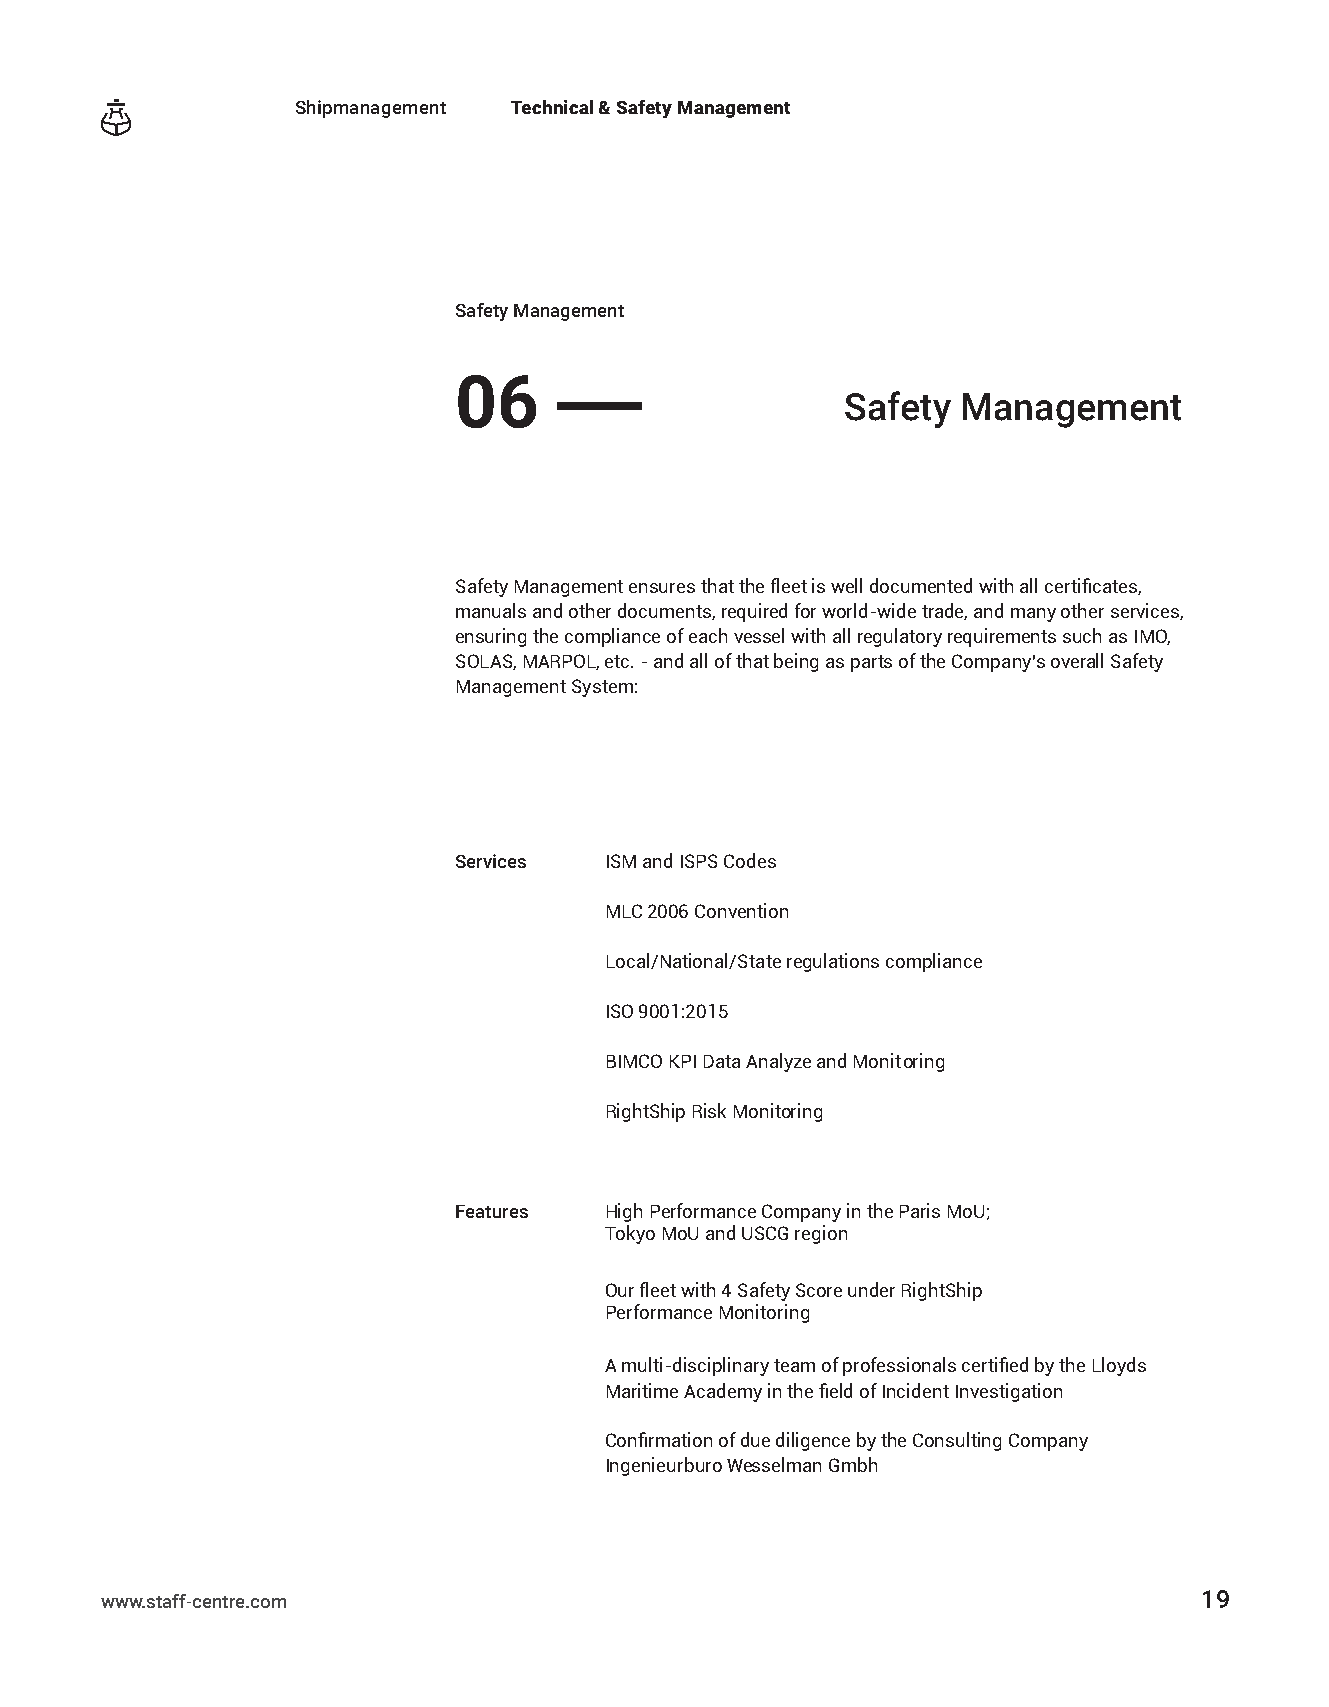
Shipmanagement Technical & Safety Management
 Safety Management
 06
 ——
 Safety  Management
 Safety Management ensures that the fleet is well documented with all certificates,
 manuals and other documents, required for world-wide trade, and many other services,
 ensuring the compliance of each vessel with all regulatory requirements such as IMO,
 SOLAS, MARPOL, etc. - and all of that being as parts of the Company’s overall Safety
 Management System:
 Services  ISM and ISPS Codes
 MLC 2006 Convention
 Local/National/State regulations compliance
 ISO 9001:2015
 BIMCO KPI Data Analyze and Monitoring
 RightShip Risk Monitoring
 Features  High Performance Company in the Paris MoU;
 Tokyo MoU and USCG region
 Our fleet with 4 Safety Score under RightShip
 Performance Monitoring
 A multi-disciplinary team of professionals certified by the Lloyds
 Maritime Academy in the field of Incident Investigation
 Confirmation of due diligence by the Consulting Company
 Ingenieurburo Wesselman Gmbh
 www.staff-centre.com                                                     19